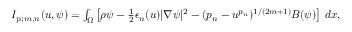
\begin{array} { r } { I _ { \mathrm { p } ; m , n } ( u , \psi ) = \int _ { \Omega } \left[ \rho \psi - \frac { 1 } { 2 } \epsilon _ { n } ( u ) | \nabla \psi | ^ { 2 } - ( { p _ { n } } - u ^ { p _ { n } } ) ^ { 1 / ( 2 m + 1 ) } B ( \psi ) \right] \, d x , } \end{array}